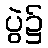
ပွဲ၌